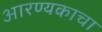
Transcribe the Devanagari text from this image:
आरण्यकाचा